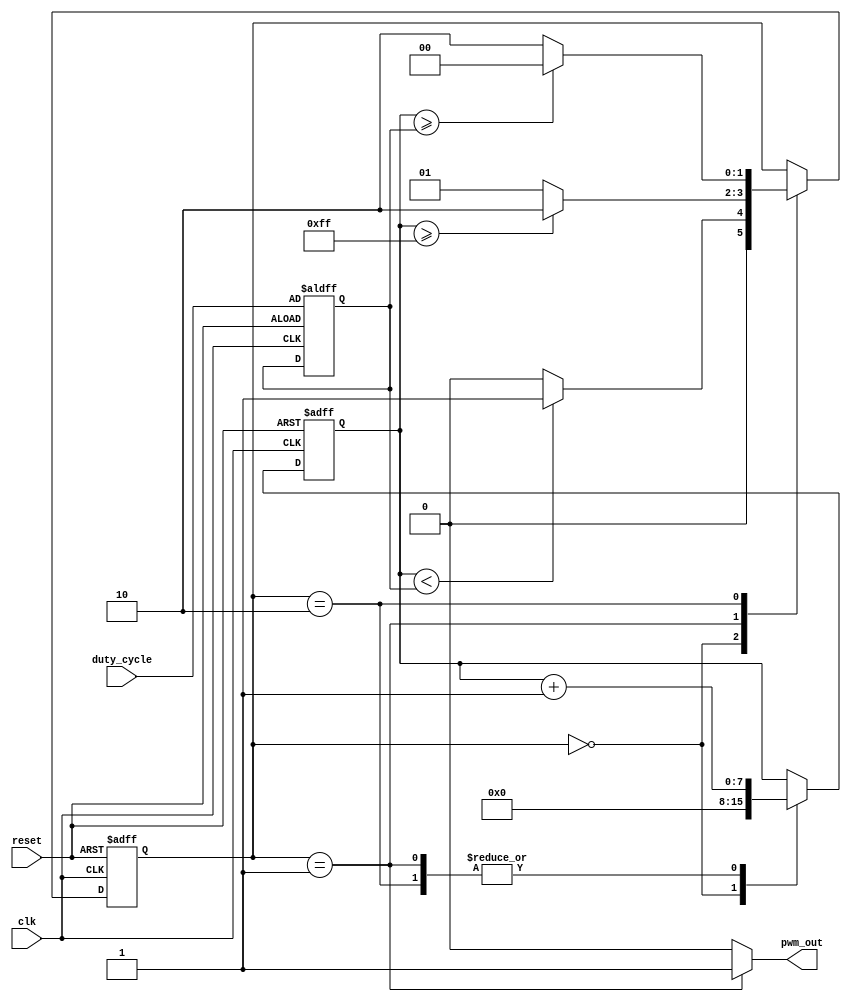
module pwm_timer (
    input wire clk,
    input wire reset,
    input wire [7:0] duty_cycle,
    output reg pwm_out
);

reg [7:0] counter;
reg [7:0] duty_cycle_value;
reg [1:0] state;

always @ (posedge clk or posedge reset)
begin
    if (reset)
    begin
        counter <= 8'b00000000;
        duty_cycle_value <= duty_cycle;
        state <= 2'b00;
    end
    else
    begin
        case (state)
            2'b00: // Idle state
            begin
                counter <= 8'b00000000;
                if (counter < duty_cycle_value)
                begin
                    state <= 2'b01; // Switch to high state
                end
                else
                begin
                    state <= 2'b00;
                end
            end
            
            2'b01: // High state
            begin
                counter <= counter + 1;
                if (counter >= 255)
                begin
                    state <= 2'b10; // Switch to low state
                end
                else
                begin
                    state <= 2'b01;
                end
            end
            
            2'b10: // Low state
            begin
                counter <= counter + 1;
                if (counter >= duty_cycle_value)
                begin
                    state <= 2'b00; // Switch to idle state
                end
                else
                begin
                    state <= 2'b10;
                end
            end
        endcase
    end
end

assign pwm_out = (state == 2'b01) ? 1'b1 : 1'b0;

endmodule